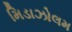
મિડાઝોલમ